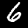
Label: 6